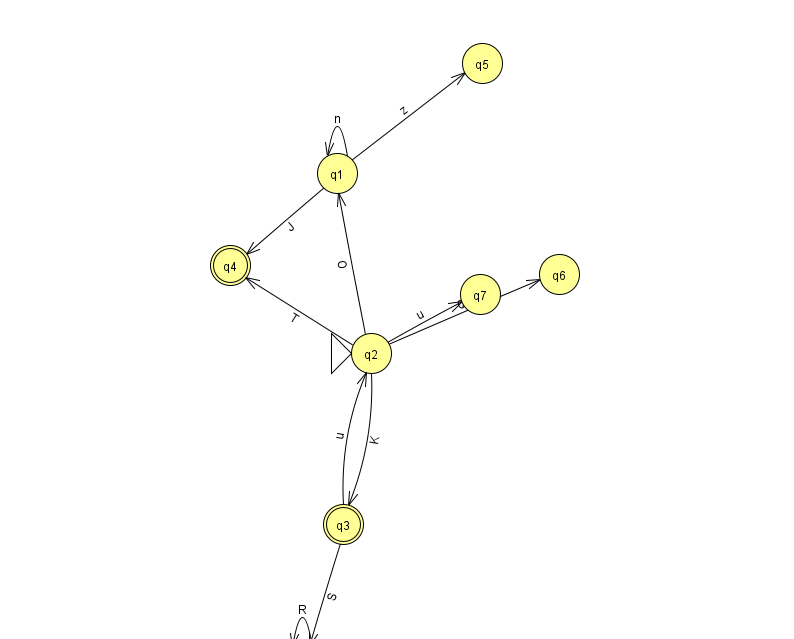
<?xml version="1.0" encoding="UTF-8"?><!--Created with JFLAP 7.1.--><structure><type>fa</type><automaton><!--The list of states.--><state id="0" name="q0"><x>302.0</x><y>651.0</y></state><state id="1" name="q1"><x>337.0</x><y>160.0</y></state><state id="2" name="q2"><x>371.0</x><y>340.0</y><initial/></state><state id="3" name="q3"><x>343.0</x><y>511.0</y><final/></state><state id="4" name="q4"><x>230.0</x><y>252.0</y><final/></state><state id="5" name="q5"><x>482.0</x><y>50.0</y></state><state id="6" name="q6"><x>559.0</x><y>261.0</y></state><state id="7" name="q7"><x>480.0</x><y>281.0</y></state><!--The list of transitions.--><transition><from>0</from><to>0</to><read>R</read></transition><transition><from>3</from><to>2</to><read>u</read></transition><transition><from>2</from><to>4</to><read>T</read></transition><transition><from>1</from><to>4</to><read>J</read></transition><transition><from>2</from><to>3</to><read>K</read></transition><transition><from>1</from><to>5</to><read>z</read></transition><transition><from>2</from><to>7</to><read>u</read></transition><transition><from>2</from><to>1</to><read>O</read></transition><transition><from>1</from><to>1</to><read>n</read></transition><transition><from>3</from><to>0</to><read>S</read></transition><transition><from>2</from><to>6</to><read>Q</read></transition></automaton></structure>